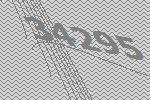
34295